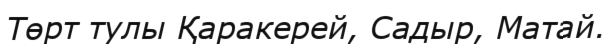
Төрт тулы Қаракерей, Садыр, Матай.